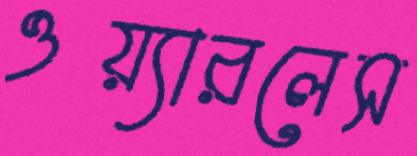
ওয়্যারলেস